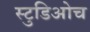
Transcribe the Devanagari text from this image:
स्टुडिओच